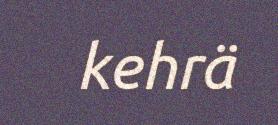
kehrä